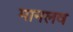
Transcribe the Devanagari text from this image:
मानलव